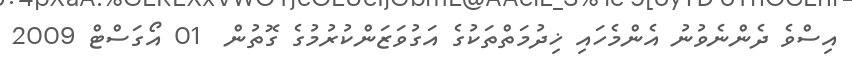
އިސްވެ ދެންނެވުނު އެންމެހައި ޚިދުމަތްތަކުގެ އަގުވަޒަންކުރުމުގެ ގޮތުން  01 އޯގަސްޓް 2009